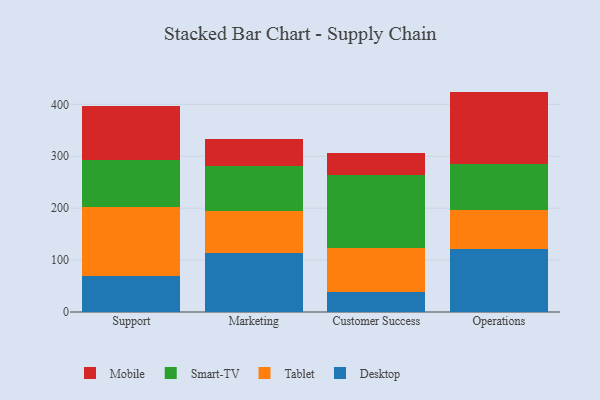
{"axis": {"x": "Department", "y": "Temperature (°C)"}, "legend": ["Desktop", "Mobile", "Smart-TV", "Tablet"], "data": [{"x": "Support", "y": 68.5, "type": "Desktop"}, {"x": "Support", "y": 134.4, "type": "Tablet"}, {"x": "Support", "y": 90.7, "type": "Smart-TV"}, {"x": "Support", "y": 102.8, "type": "Mobile"}, {"x": "Marketing", "y": 114.6, "type": "Desktop"}, {"x": "Marketing", "y": 79.4, "type": "Tablet"}, {"x": "Marketing", "y": 86.4, "type": "Smart-TV"}, {"x": "Marketing", "y": 52.4, "type": "Mobile"}, {"x": "Customer Success", "y": 38.6, "type": "Desktop"}, {"x": "Customer Success", "y": 85.1, "type": "Tablet"}, {"x": "Customer Success", "y": 140.8, "type": "Smart-TV"}, {"x": "Customer Success", "y": 41.2, "type": "Mobile"}, {"x": "Operations", "y": 121.8, "type": "Desktop"}, {"x": "Operations", "y": 74.3, "type": "Tablet"}, {"x": "Operations", "y": 88.7, "type": "Smart-TV"}, {"x": "Operations", "y": 139.8, "type": "Mobile"}]}